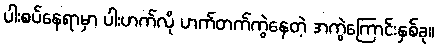
ပါးစပ်နေရာမှာ ပါးဟက်လို ဟက်တက်ကွဲနေတဲ့ အကွဲကြောင်းနှစ်ခု။